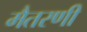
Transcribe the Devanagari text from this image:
मैतरणी